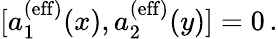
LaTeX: [a_{1}^{(\mathrm{eff})}(x),a_{2}^{(\mathrm{eff})}(y)]=0\, .